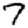
Digit: 7